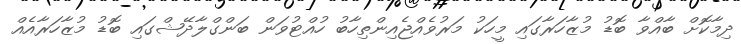
ދިމާކޮށް ބާއްވާ ބޮޑު މުޒާހަރާގައި މީހަކު މަރުވެއްޖެއިންތިހާބު ހުއްޓުވަން ބަންގްލާދޭޝްގައި ބޮޑު މުޒާހަރާއެއް